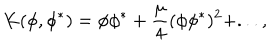
K ( \phi , \phi ^ { * } ) = \phi \phi ^ { * } + \frac { \mu } { 4 } ( \phi \phi ^ { * } ) ^ { 2 } + . . . ,